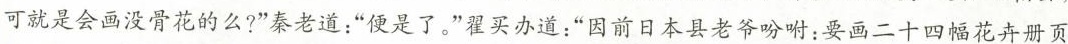
可就是会画没骨花的么?”秦老道：”便是了。”星买办道：”因前日本县老爷吩咐；要画二十四幅花卉册页